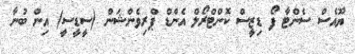
ޔޫއެސް ސެންޓާ ފޯ ޑިޒީސް ކޮންޓްރޯލް އެންޑް ޕްރިވެންޝަން (ސީޑީސީ) އިން ބުނާ